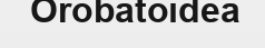
Orobatoidea